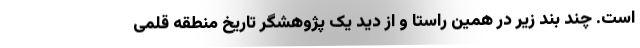
است. چند بند زیر در همین راستا و از دید یک پژوهشگر تاریخ منطقه قلمی